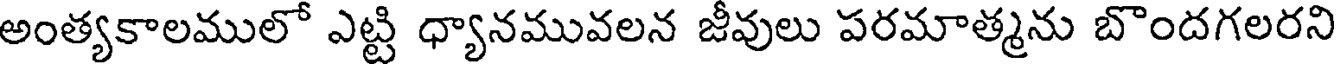
అంత్యకాలములో ఎట్టి ధ్యానమువలన జీవులు పరమాత్మను బొందగలరని